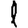
Digit: 1